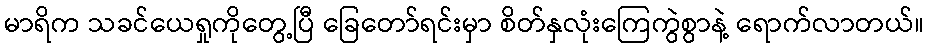
မာရိက သခင်ယေရှုကိုတွေ့ပြီ ခြေတော်ရင်းမှာ စိတ်နှလုံးကြေကွဲစွာနဲ့ ရောက်လာတယ်။